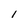
Character: I